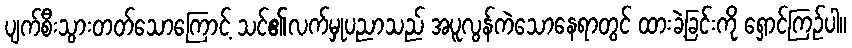
ပျက်စီးသွားတတ်သောကြောင့် သင်၏လက်မှုပညာသည် အပူလွန်ကဲသောနေရာတွင် ထားခဲ့ခြင်းကို ရှောင်ကြဉ်ပါ။